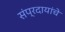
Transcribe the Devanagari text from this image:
संप्रदायांचे